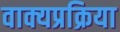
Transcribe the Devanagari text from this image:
वाक्यप्रक्रिया